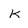
Character: K